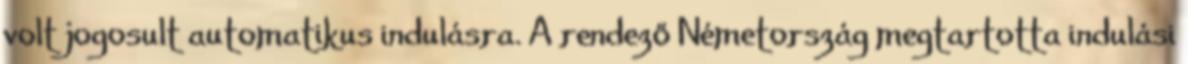
volt jogosult automatikus indulásra. A rendező Németország megtartotta indulási